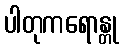
ပါတုကရောန္တု